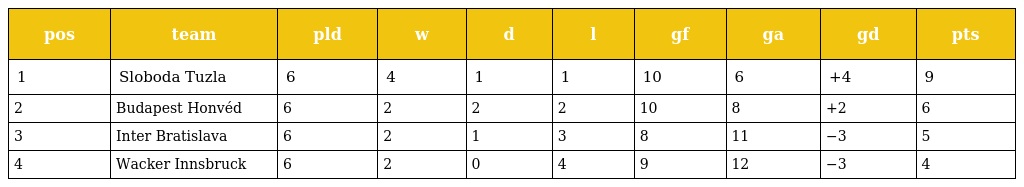
| pos | team | pld | w | d | l | gf | ga | gd | pts |
 | --- | --- | --- | --- | --- | --- | --- | --- | --- | --- |
 | 1 | Sloboda Tuzla | 6 | 4 | 1 | 1 | 10 | 6 | +4 | 9 |
 | 2 | Budapest Honvéd | 6 | 2 | 2 | 2 | 10 | 8 | +2 | 6 |
 | 3 | Inter Bratislava | 6 | 2 | 1 | 3 | 8 | 11 | −3 | 5 |
 | 4 | Wacker Innsbruck | 6 | 2 | 0 | 4 | 9 | 12 | −3 | 4 |